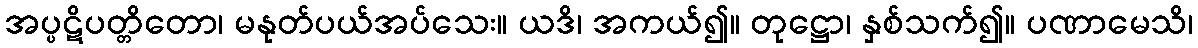
အပ္ပဋိပတ္တိတော၊ မနုတ်ပယ်အပ်သေး။ ယဒိ၊ အကယ်၍။ တုဋ္ဌော၊ နှစ်သက်၍။ ပဏာမေသိ၊